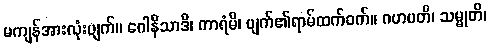
မကျန်အားလုံးပျက်။ ဂေါနိသာဒိ၊ ကာရံမိ၊ ပျက်၏ရာမ်ထက်ဝက်။ ဂဟပတိ၊ သမ္မုတိ၊